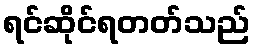
ရင်ဆိုင်ရတတ်သည်